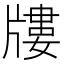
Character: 𤗬